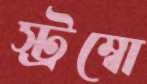
স্ট্রম্বো